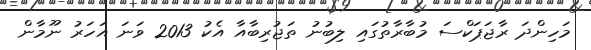
މަހިންދަ ރާޖަޕަކްސަ މުބާރާތުގައި ލިބުނު ތަޖުރިބާއާ އެކު 2013 ވަނަ އަހަރު ނޫމާން